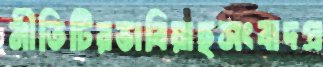
নীতিটিরভাবিয়াছসংবাদপ্র